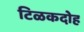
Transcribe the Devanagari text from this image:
टिळकदोह